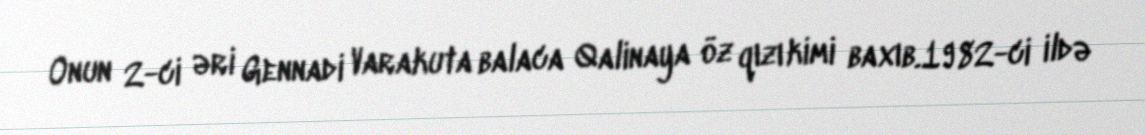
Onun 2-ci əri Gennadi Varakuta balaca Qalinaya öz qızı kimi baxıb.1982-ci ildə